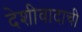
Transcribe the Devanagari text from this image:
देशीवादाची